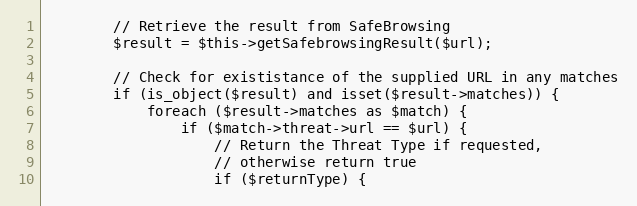
Language: PHP
        // Retrieve the result from SafeBrowsing
        $result = $this->getSafebrowsingResult($url);

        // Check for exististance of the supplied URL in any matches
        if (is_object($result) and isset($result->matches)) {
            foreach ($result->matches as $match) {
                if ($match->threat->url == $url) {
                    // Return the Threat Type if requested,
                    // otherwise return true
                    if ($returnType) {